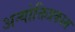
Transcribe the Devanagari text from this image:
अन्योक्तिप्रकाश